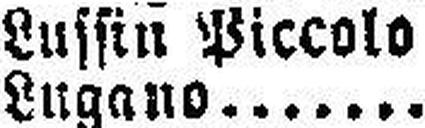
Lugano